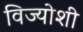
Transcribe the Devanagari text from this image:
विज्योशी